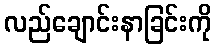
လည်ချောင်းနာခြင်းကို